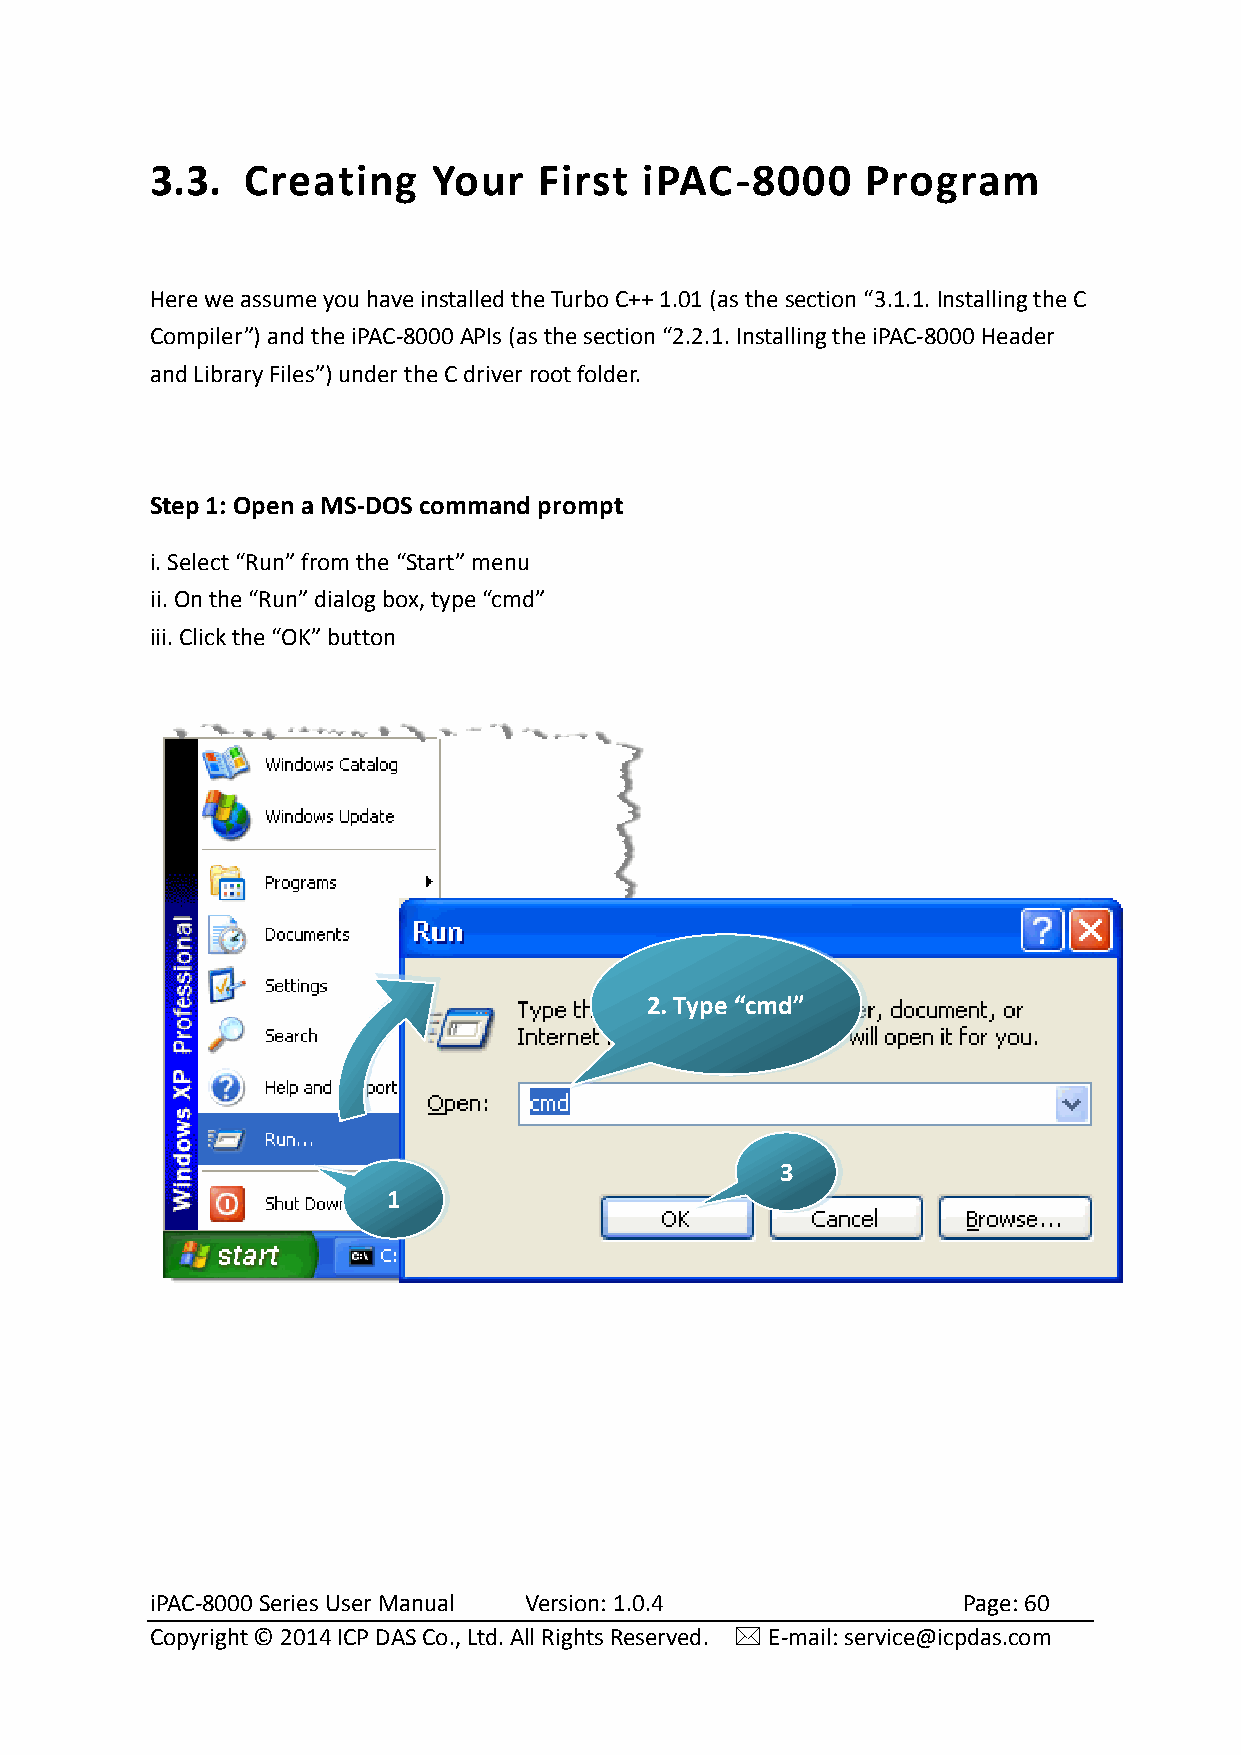
3.3.  Creating     Your   First iPAC-8000      Program
 Here we assume you have installed the Turbo C++ 1.01 (as the section “3.1.1. Installing the C
 Compiler”) and the iPAC-8000 APIs (as the section “2.2.1. Installing the iPAC-8000 Header
 and Library Files”) under the C driver root folder.
 Step 1: Open a MS-DOS command prompt
 i. Select “Run” from the “Start” menu
 ii. On the “Run” dialog box, type “cmd”
 iii. Click the “OK” button
 2. Type “cmd”
 3
 1
 iPAC-8000 Series User Manual Version: 1.0.4           Page: 60
 Copyright © 2014 ICP DAS Co., Ltd. All Rights Reserved.  E-mail: service@icpdas.com